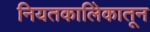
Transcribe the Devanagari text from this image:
नियतकालिेकातून